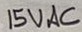
Text: 15VAC